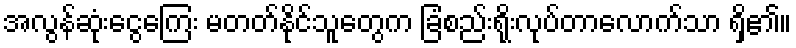
အလွန်ဆုံးငွေကြေး မတတ်နိုင်သူတွေက ခြံစည်းရိုးလုပ်တာလောက်သာ ရှိ၏။